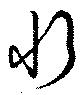
忻